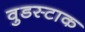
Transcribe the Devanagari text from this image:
वुडस्टाक